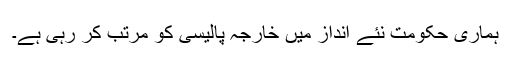
ہماری حکومت نئے انداز میں خارجہ پالیسی کو مرتب کر رہی ہے۔